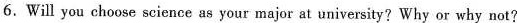
6.Will you choose science as your major at university? Why or why not？